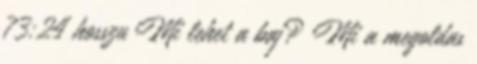
73:24 hosszu Mi lehet a baj? Mi a megoldas